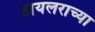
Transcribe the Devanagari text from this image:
टायलराच्या